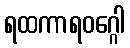
ရထကာရဝဂ္ဂေါ